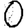
Digit: 0